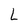
Character: L